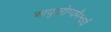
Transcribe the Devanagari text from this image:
आयुरारोग्यमैश्वर्यं